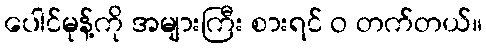
ပေါင်မုန့်ကို အများကြီး စားရင် ဝ တက်တယ်။